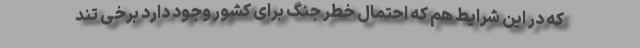
که در این شرایط هم که احتمال خطر جنگ برای کشور وجود دارد برخی تند